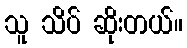
သူ သိပ် ဆိုးတယ်။